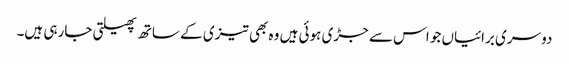
دوسری برائیاں جو اس سے جڑی ہوئی ہیں وہ بھی تیزی کے ساتھ پھیلتی جارہی ہیں۔